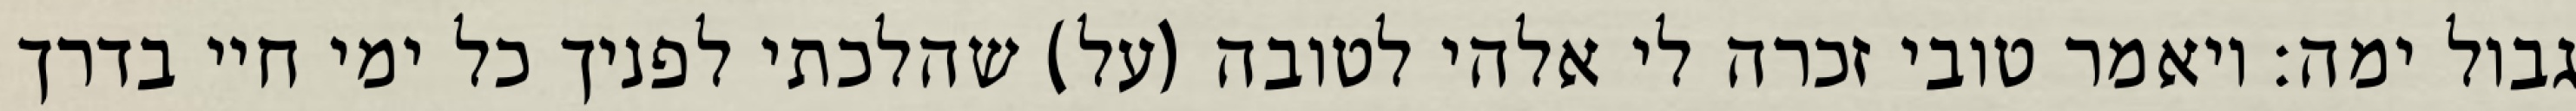
גבול ימה: ויאמר טובי זכרה לי אלהי לטובה (על) שהלכתי לפניך כל ימי חיי בדרך